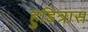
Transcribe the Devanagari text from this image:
हुडित्रास